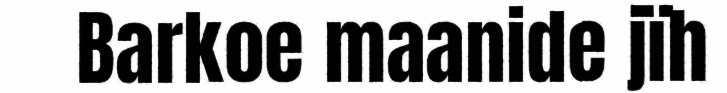
Barkoe maanide jïh